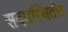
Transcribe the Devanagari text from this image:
सदयस्थितीत